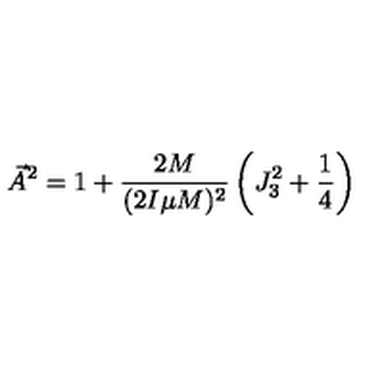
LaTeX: \vec { A } ^ { 2 } = 1 + \frac { 2 M } { ( 2 I \mu M ) ^ { 2 } } \left( J _ { 3 } ^ { 2 } + \frac { 1 } { 4 } \right)